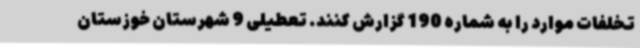
تخلفات موارد را به شماره 190 گزارش کنند. تعطیلی 9 شهرستان خوزستان